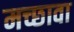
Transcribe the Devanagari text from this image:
मच्छावा